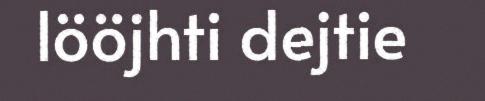
lööjhti dejtie